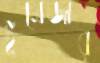
ইমেজার